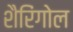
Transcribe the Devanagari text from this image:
शैरिंगोल